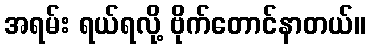
အရမ်း ရယ်ရလို့ ဗိုက်တောင်နာတယ်။